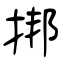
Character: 挷